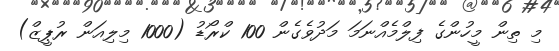
މި ތިން މީހުންގެ ފިލްމެއްނަމަ މަދުވެގެން 100 ކްރޯޑު (1000 މިލިއަން ރުޕީޒް)